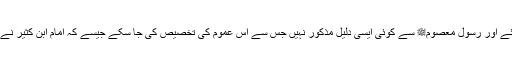
اصل عدم ہی ہے جب تک ثابت نہ ہو جائے اور رسول معصومﷺ سے کوئی ایسی دلیل مذکور نہیں جس سے اس عموم کی تخصیص کی جا سکے جیسے کہ امام ابن کثیر نے البدایۃ والنہایۃ (1؍334) میں کہا ہے۔